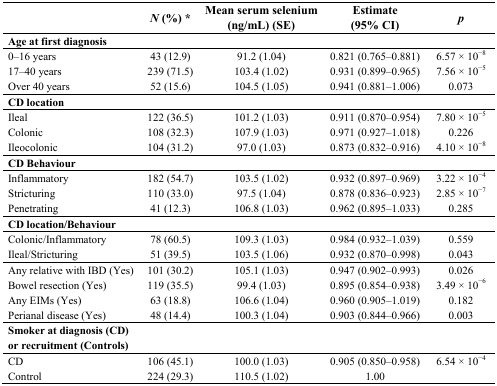
<table><thead><tr><td></td><td><b><i>N</i> (%) *</b></td><td><b>Mean serum selenium (ng/mL) (SE)</b></td><td><b>Estimate (95% CI)</b></td><td><b><i>p</i></b></td></tr></thead><tbody><tr><td><b>Age at first diagnosis</b></td><td></td><td></td><td></td><td></td></tr><tr><td>0–16 years</td><td>43 (12.9)</td><td>91.2 (1.04)</td><td>0.821 (0.765–0.881)</td><td>6.57 × 10<sup>−8</sup></td></tr><tr><td>17–40 years</td><td>239 (71.5)</td><td>103.4 (1.02)</td><td>0.931 (0.899–0.965)</td><td>7.56 × 10<sup>−5</sup></td></tr><tr><td>Over 40 years</td><td>52 (15.6)</td><td>104.5 (1.05)</td><td>0.941 (0.881–1.006)</td><td>0.073</td></tr><tr><td><b>CD location</b></td><td></td><td></td><td></td><td></td></tr><tr><td>Ileal</td><td>122 (36.5)</td><td>101.2 (1.03)</td><td>0.911 (0.870–0.954)</td><td>7.80 × 10<sup>−5</sup></td></tr><tr><td>Colonic</td><td>108 (32.3)</td><td>107.9 (1.03)</td><td>0.971 (0.927–1.018)</td><td>0.226</td></tr><tr><td>Ileocolonic</td><td>104 (31.2)</td><td>97.0 (1.03)</td><td>0.873 (0.832–0.916)</td><td>4.10 × 10<sup>−8</sup></td></tr><tr><td><b>CD Behaviour</b></td><td></td><td></td><td></td><td></td></tr><tr><td>Inflammatory</td><td>182 (54.7)</td><td>103.5 (1.02)</td><td>0.932 (0.897–0.969)</td><td>3.22 × 10<sup>−4</sup></td></tr><tr><td>Stricturing</td><td>110 (33.0)</td><td>97.5 (1.04)</td><td>0.878 (0.836–0.923)</td><td>2.85 × 10<sup>−7</sup></td></tr><tr><td>Penetrating</td><td>41 (12.3)</td><td>106.8 (1.03)</td><td>0.962 (0.895–1.033)</td><td>0.285</td></tr><tr><td><b>CD location/Behaviour</b></td><td></td><td></td><td></td><td></td></tr><tr><td>Colonic/Inflammatory</td><td>78 (60.5)</td><td>109.3 (1.03)</td><td>0.984 (0.932–1.039)</td><td>0.559</td></tr><tr><td>Ileal/Stricturing</td><td>51 (39.5)</td><td>103.5 (1.06)</td><td>0.932 (0.870–0.998)</td><td>0.043</td></tr><tr><td>Any relative with IBD (Yes)</td><td>101 (30.2)</td><td>105.1 (1.03)</td><td>0.947 (0.902–0.993)</td><td>0.026</td></tr><tr><td>Bowel resection (Yes)</td><td>119 (35.5)</td><td>99.4 (1.03)</td><td>0.895 (0.854–0.938)</td><td>3.49 × 10<sup>−6</sup></td></tr><tr><td>Any EIMs (Yes)</td><td>63 (18.8)</td><td>106.6 (1.04)</td><td>0.960 (0.905–1.019)</td><td>0.182</td></tr><tr><td>Perianal disease (Yes)</td><td>48 (14.4)</td><td>100.3 (1.04)</td><td>0.903 (0.844–0.966)</td><td>0.003</td></tr><tr><td><b>Smoker at diagnosis (CD) or recruitment (Controls) </b></td><td></td><td></td><td></td><td></td></tr><tr><td>CD</td><td>106 (45.1)</td><td>100.0 (1.03)</td><td>0.905 (0.850–0.958)</td><td>6.54 × 10<sup>−4</sup></td></tr><tr><td>Control</td><td>224 (29.3)</td><td>110.5 (1.02)</td><td>1.00</td><td></td></tr></tbody></table>